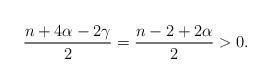
LaTeX: \begin{align*}\frac{n+4\alpha-2\gamma}{2}=\frac{n-2+2\alpha}{2}>0.\end{align*}